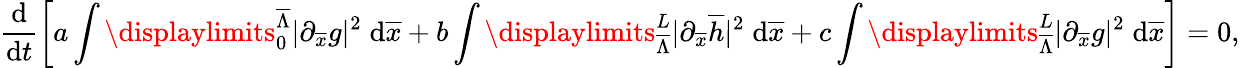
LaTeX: \frac{\mathrm{d}}{\mathrm{d}t}\left[a\int\displaylimits_{0}^{\overline{{\Lambda}}}{|\partial_{\overline{{x}}}g|^{2}\; \mathrm{d}\overline{{x}}}+b\int\displaylimits_{\overline{{\Lambda}}}^{L}{|\partial_{\overline{{x}}}\overline{{h}}|^{2}\; \mathrm{d}\overline{{x}}}+c\int\displaylimits_{\overline{{\Lambda}}}^{L}{|\partial_{\overline{{x}}}g|^{2}\; \mathrm{d}\overline{{x}}}\right]=0,